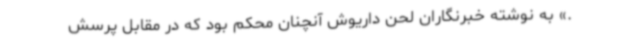
.» به نوشته خبرنگاران لحن داریوش آنچنان محکم بود که در مقابل پرسش